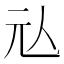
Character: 𰁤